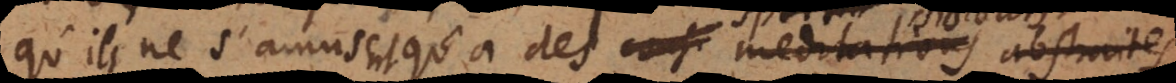
qu’ils ne s’amusent qu’à des consi meditations abstraites